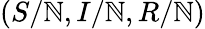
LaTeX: (S/\mathbb{N},I/\mathbb{N},R/\mathbb{N})